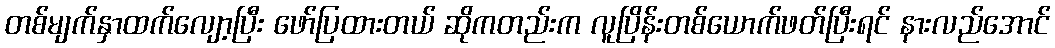
တစ်မျက်နှာထက်လျော့ပြီး ဖော်ပြထားတယ် ဆိုကတည်းက လူပြိန်းတစ်ယောက်ဖတ်ပြီးရင် နားလည်အောင်